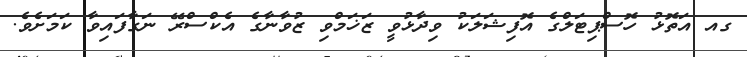
ގއ އަތޮޅު ހޮސްޕިޓަލްގެ އޮފިޝަލަކު ވިދާޅުވީ ޒަޚަމްވި ޒުވާނާގެ އެކްސްރޭ ނަގާފައިވާ ކަމަށެވެ.